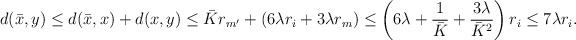
\begin{align*} d(\bar x, y) &\le d(\bar x, x) + d(x, y) \le \bar K r_{m'} + (6\lambda r_i + 3\lambda r_m)\le \left(6\lambda + \frac 1{\bar K} + \frac{3\lambda}{\bar K^2}\right) r_i \le 7\lambda r_i.\end{align*}